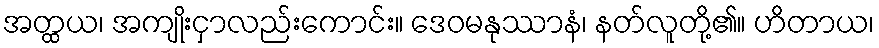
အတ္ထယ၊ အကျိုးငှာလည်းကောင်း။ ဒေဝမနုဿာနံ၊ နတ်လူတို့၏။ ဟိတာယ၊